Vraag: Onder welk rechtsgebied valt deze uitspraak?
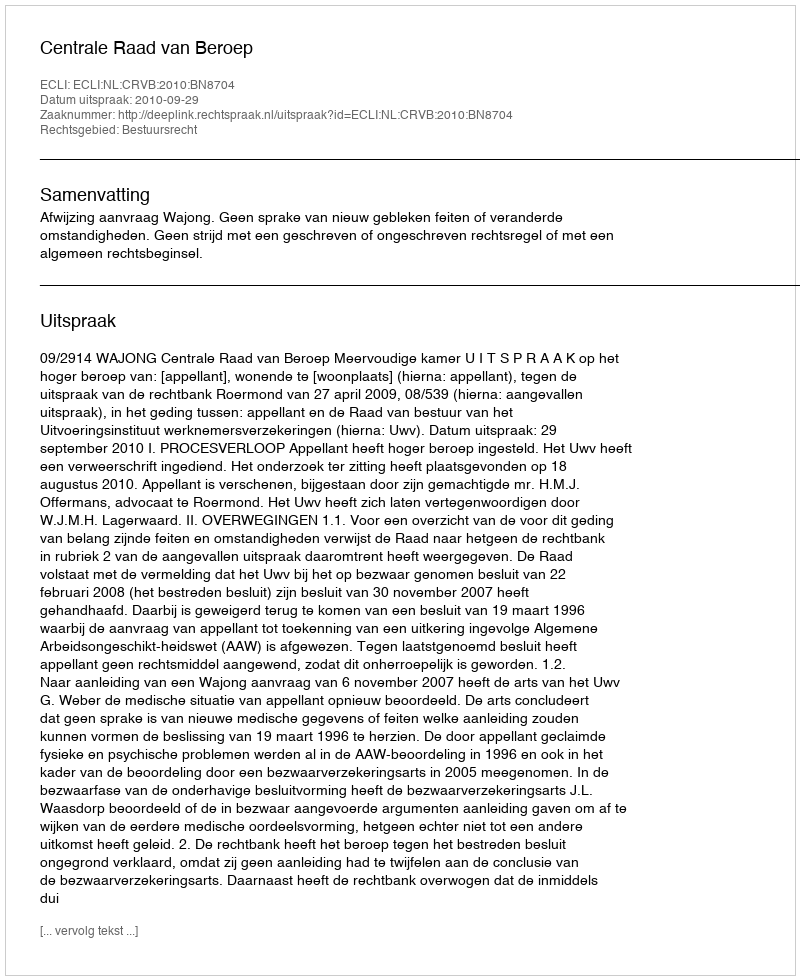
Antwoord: Bestuursrecht